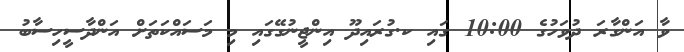
ވާ އަންގާރަ ދުވަހުގެ 10:00 ގައި ކ.ގުރައިދޫ އިންޖީނުގޭގައި މި މަސައްކަތަށް އަންދާސީހިސާބު